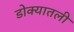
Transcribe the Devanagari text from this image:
डोक्यातली